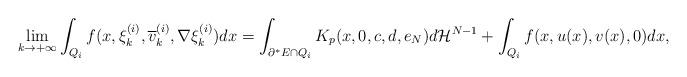
LaTeX: \begin{align*}\displaystyle{\lim_{k\to +\infty} \int_{Q_i}f(x, \xi^{(i)}_k,\overline{v}^{(i)}_k,\nabla \xi^{(i)}_k)dx=\int_{\partial^\ast E\cap Q_i}K_p(x,0,c,d,e_N)d{\cal H}^{N-1}+\int_{Q_i}f(x,u(x),v(x),0)dx,}\end{align*}